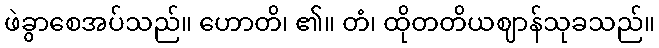
ဖဲခွာစေအပ်သည်။ ဟောတိ၊ ၏။ တံ၊ ထိုတတိယဈာန်သုခသည်။